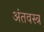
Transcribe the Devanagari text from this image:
अंतवस्त्र